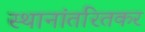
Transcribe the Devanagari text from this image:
स्थानांतरितकर